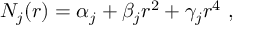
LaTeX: N _ { j } ( r ) = \alpha _ { j } + \beta _ { j } r ^ { 2 } + \gamma _ { j } r ^ { 4 } \ ,